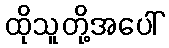
ထိုသူတို့အပေါ်